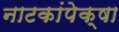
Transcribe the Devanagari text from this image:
नाटकांपेक्षा